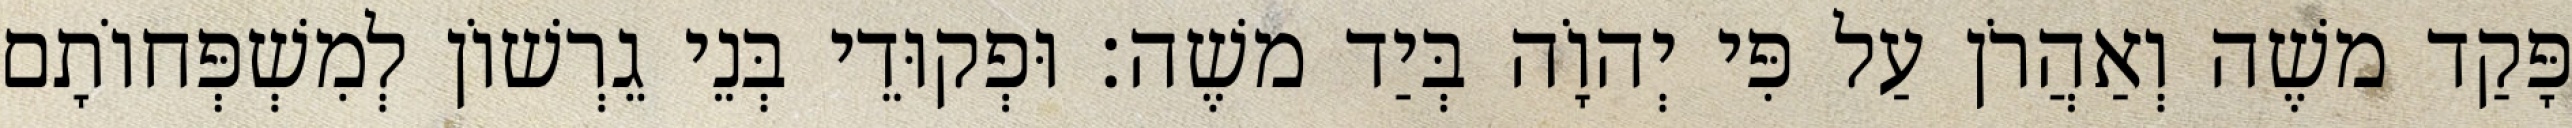
פָּקַד משֶׁה וְאַהֲרֹן עַל פִּי יְהוָֹה בְּיַד משֶׁה׃ וּפְקוּדֵי בְּנֵי גֵרְשׁוֹן לְמִשְׁפְּחוֹתָם